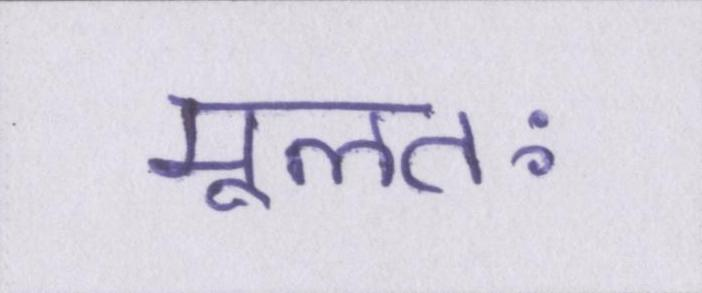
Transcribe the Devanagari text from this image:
मूलतः